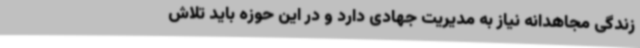
زندگی مجاهدانه نیاز به مدیریت جهادی دارد و در این حوزه باید تلاش